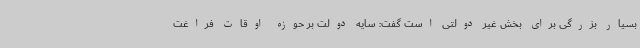
بسیار بزرگی برای بخش غیر دولتی است گفت: سایه دولت بر حوزه اوقات فراغت